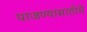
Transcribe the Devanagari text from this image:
पाजण्यासाठीचे